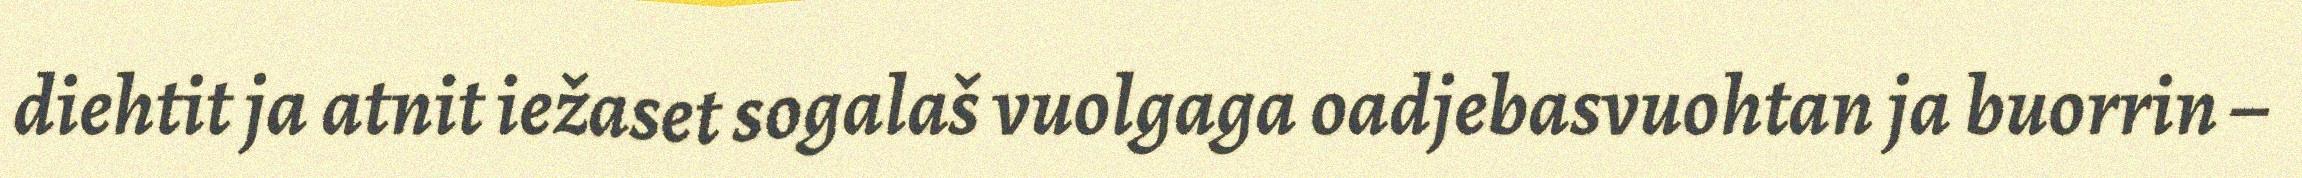
diehtit ja atnit iežaset sogalaš vuolgaga oadjebasvuohtan ja buorrin –